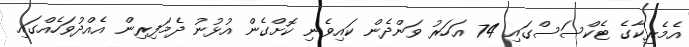
އެމެރިކާގެ ޓެކްސަސްގައި 74 އަހަރު ވަންދެން ކައިވެނި ކޮށްގެން އުޅުނު ދެމަފިރިން އެއްދުވަހެއްގައި